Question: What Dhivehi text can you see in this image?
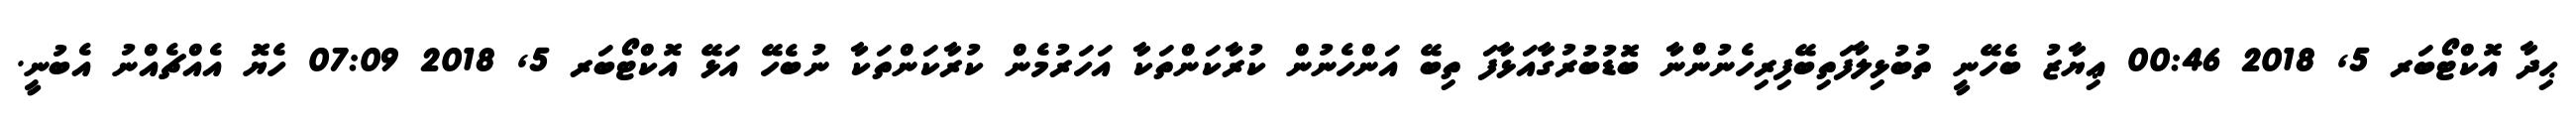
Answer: ޙިދާ އޮކްޓޯބަރ 5, 2018 00:46 ޢިޔާޒު ބެހޭނީ ތުބުޅިލާފަތިބޭފިރިހެނުންނާ ބޮޑުބުރުގާއަޅާފަ ތިބޭ އަންހެނުން ކުރާކަންތަކާ އަހަރުމެން ކުރާކަންތަކާ ނުބެހޭ އަޅޭ އޮކްޓޯބަރ 5, 2018 07:09 ހެޔޮ އެއްޗެއްނު އެބުނީ.